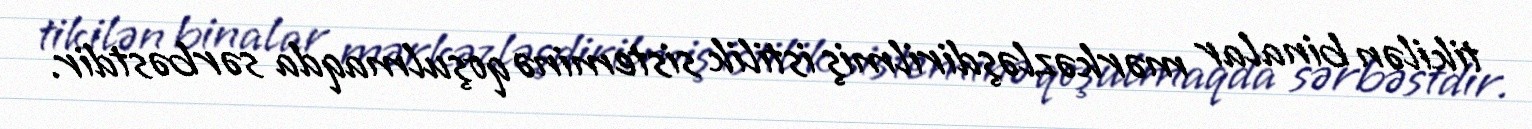
tikilən binalar mərkəzləşdirilmiş istilik sisteminə qoşulmaqda sərbəstdir.